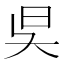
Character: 𣅔